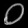
Digit: ၀